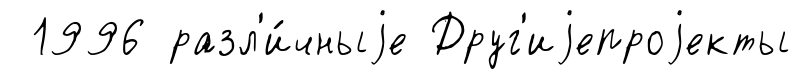
1996 разл'и́чныjе Друг'иjепроjекты